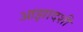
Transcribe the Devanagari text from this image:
आझादशी